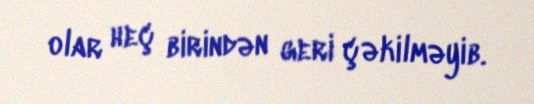
olar heç birindən geri çəkilməyib.